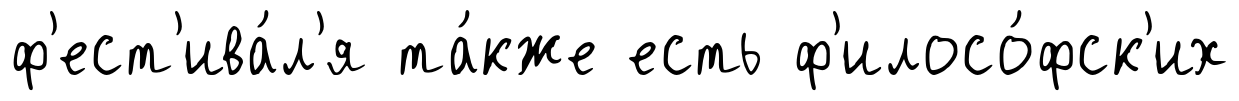
ф'ест'ива́л'я та́кже есть ф'илосо́фск'их